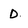
Character: D